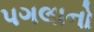
પગલાનો